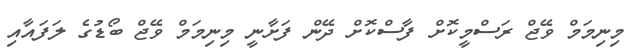
މިނިމަމް ވޭޖް ރަސްމީކޮށް ފާސްކޮށް ދޭން ފަށާނީ މިނިމަމް ވޭޖް ބޯޑުގެ ލަފައާއި